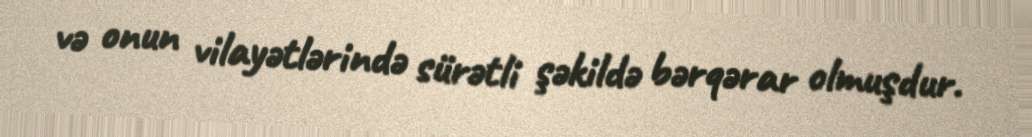
və onun vilayətlərində sürətli şəkildə bərqərar olmuşdur.